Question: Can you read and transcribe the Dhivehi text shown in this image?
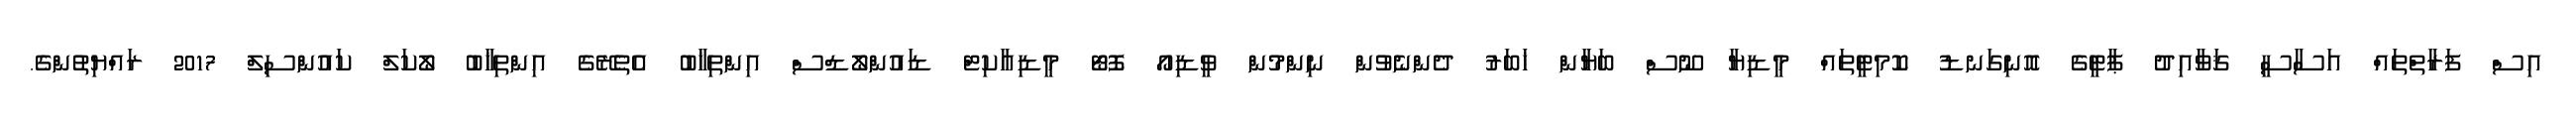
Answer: އިސް ފަރާތްތައް އަސާސީ ޤަވާއިދު ޕާޓީގެ އޮނިގަނޑު ކޮމިޓީތައް މީޑިޔާ ނޫސް ބަޔާން ޚަބަރު ދެންނެވުން ނިންމުން ވީޑިއޯ ފޮޓޯ މީޑިއާކިޓް ޑައުންލޯޑްސް އިންތިޚާބު އެތެރޭގެ އިންތިޚާބު ލޯކަލް ކައުންސިލް 2017 ރައްޔިތުންގެ.